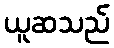
ယူဆသည်